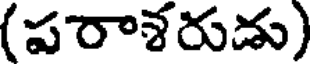
(పరాశరుడు)